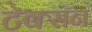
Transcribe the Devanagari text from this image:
टेक्सन